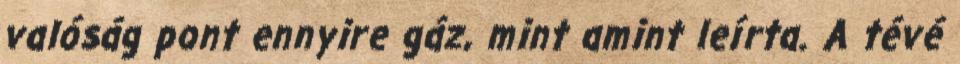
valóság pont ennyire gáz, mint amint leírta. A tévé